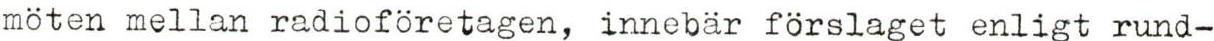
möten mellan radioföretagen, innebär förslaget enligt rund-